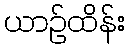
ယာဉ်ထိန်း